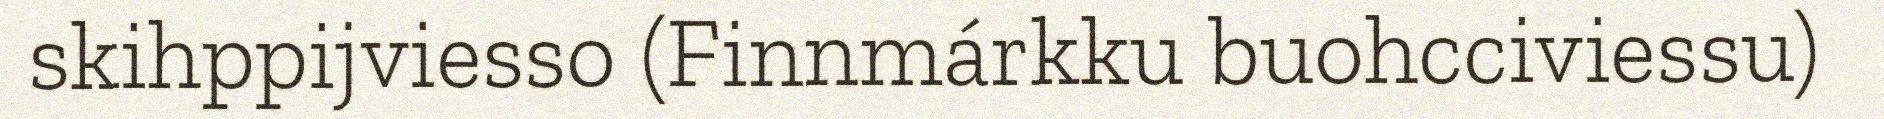
skihppijviesso (Finnmárkku buohcciviessu)